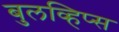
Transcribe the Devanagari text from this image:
बुलव्हिप्स